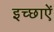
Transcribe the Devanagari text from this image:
इच्छाऐं